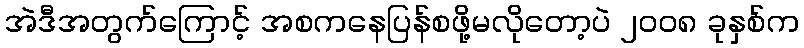
အဲဒီအတွက်ကြောင့် အစကနေပြန်စဖို့မလိုတော့ပဲ ၂၀၀၈ ခုနှစ်က